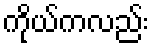
ကိုယ်ကလည်း